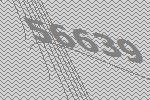
56639